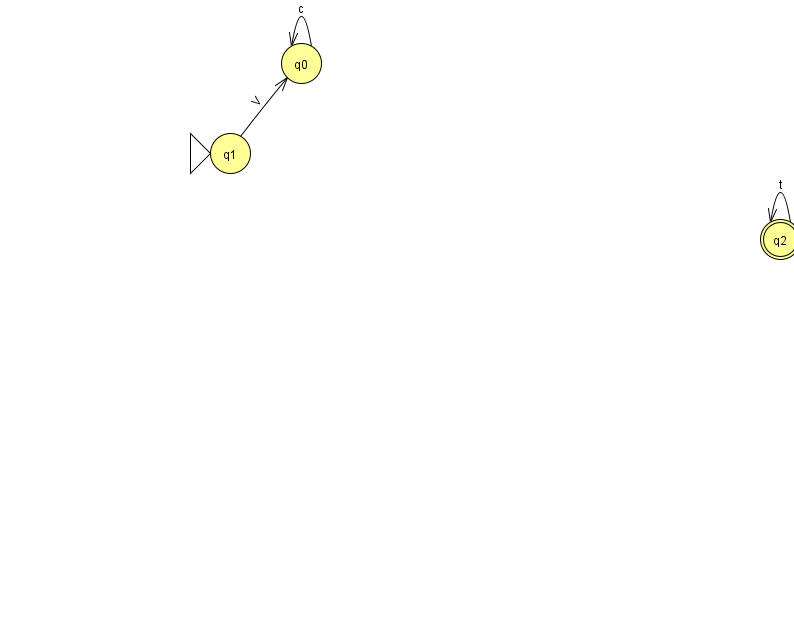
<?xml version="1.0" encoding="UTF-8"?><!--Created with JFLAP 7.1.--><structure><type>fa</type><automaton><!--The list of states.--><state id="0" name="q0"><x>301.0</x><y>50.0</y></state><state id="1" name="q1"><x>230.0</x><y>140.0</y><initial/></state><state id="2" name="q2"><x>780.0</x><y>226.0</y><final/></state><!--The list of transitions.--><transition><from>0</from><to>0</to><read>c</read></transition><transition><from>2</from><to>2</to><read>t</read></transition><transition><from>1</from><to>0</to><read>V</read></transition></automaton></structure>